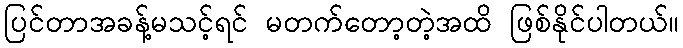
ပြင်တာအခန့်မသင့်ရင် မတက်တော့တဲ့အထိ ဖြစ်နိုင်ပါတယ်။